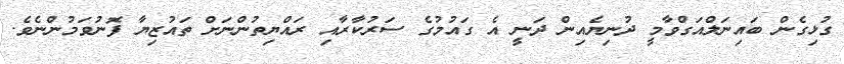
ގުޅިގެން ބައިނަލްއަގްވާމީ ދުނިޔެއިން ދަނީ އެ ގައުމުގެ ސަރުކާރާއި ރައްޔިތުންނަށް ތައުޒިޔާ ފޮނުވަމުންނެވެ.